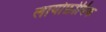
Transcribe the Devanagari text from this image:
लायोफ़ोबिक